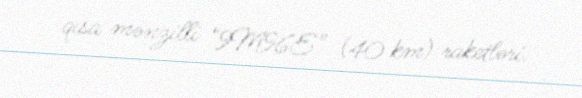
qısa mənzilli “9M96E” (40 km) raketləri.